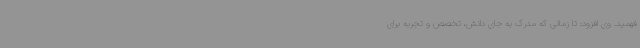
فهمید. وی افزود: تا زمانی که مدرک به جای دانش، تخصص و تجربه برای